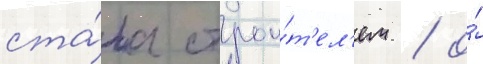
ста́ла строи́т'ел'ем / о́